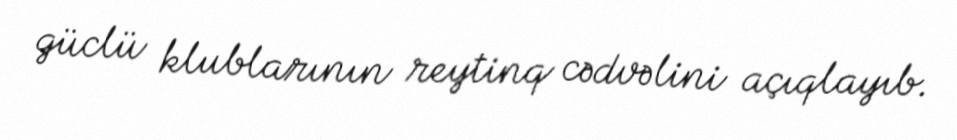
güclü klublarının reytinq cədvəlini açıqlayıb.